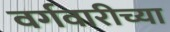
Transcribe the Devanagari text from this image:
वर्गवारीच्या